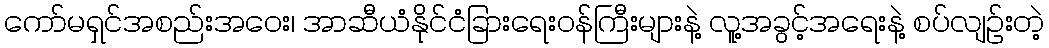
ကော်မရှင်အစည်းအဝေး၊ အာဆီယံနိုင်ငံခြားရေးဝန်ကြီးများနဲ့ လူ့အခွင့်အရေးနဲ့ စပ်လျဉ်းတဲ့